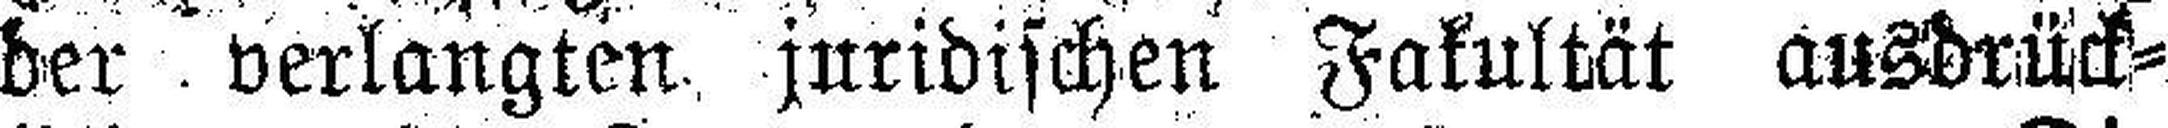
der verlangten juridischen Fakultät ausdrück¬